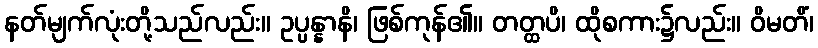
နတ်မျက်လုံးတို့သည်လည်း။ ဥပ္ပန္နာနိ၊ ဖြစ်ကုန်၏။ တတ္ထပိ၊ ထိုစကား၌လည်း။ ဝိမတိံ၊